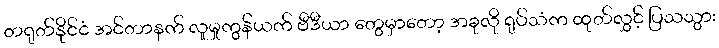
တရုတ်နိုင်ငံ အင်တာနက် လူမှုကွန်ယက် ဗီဒီယာ တွေမှာတော့ အခုလို ရုပ်သံက ထုတ်လွှင့် ပြသသွား